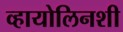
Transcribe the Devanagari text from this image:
व्हायोलिनशी